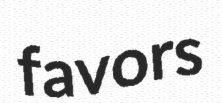
favors